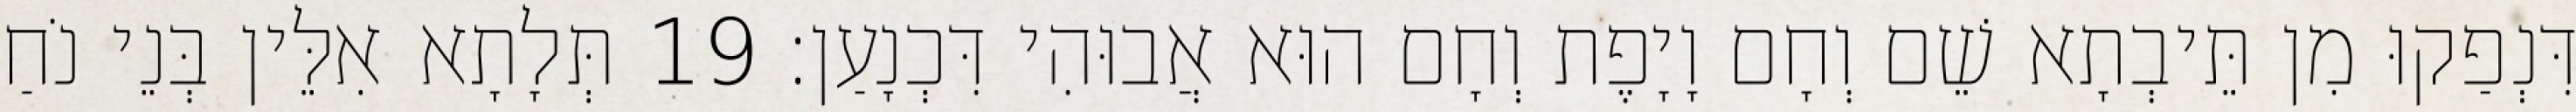
דִּנְפַקוּ מִן תֵּיבְתָא שֵׁם וְחָם וָיָפֶת וְחָם הוּא אֲבוּהִי דִּכְנָעַן׃ 19 תְּלָתָא אִלֵּין בְּנֵי נֹחַ